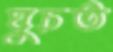
ঘুচত